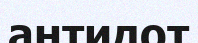
антидот